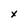
Character: x